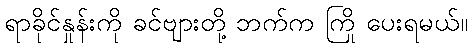
ရာခိုင်နှုန်းကို ခင်ဗျားတို့ ဘက်က ကြို ပေးရမယ်။